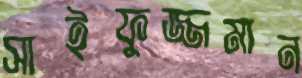
সাইফুজ্জমান